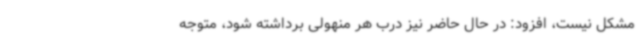
مشکل نیست، افزود: در حال حاضر نیز درب هر منهولی برداشته شود، متوجه